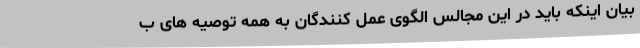
بیان اینکه باید در این مجالس الگوی عمل کنندگان به همه توصیه های ب